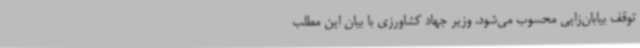
توقف بیابان‌زایی محسوب می‌شود. وزیر جهاد کشاورزی با بیان این مطلب